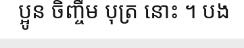
ប្អូន ចិញ្ចឹម បុត្រ នោះ ។ បង